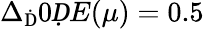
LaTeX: \Delta_{\mathrm Ḋ}0ḌE(\mu)=0.5